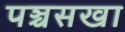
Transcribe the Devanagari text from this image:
पञ्चसखा